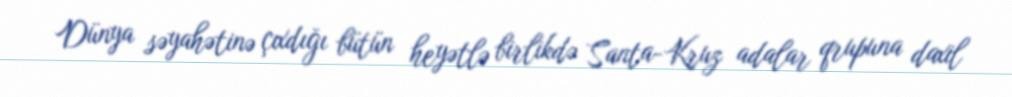
Dünya səyahətinə çıxdığı bütün heyətlə birlikdə Santa-Kruz adalar qrupuna daxil